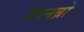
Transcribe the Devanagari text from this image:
वानब्रो